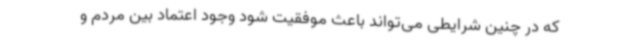
که در چنین شرایطی می‌تواند باعث موفقیت شود وجود اعتماد بین مردم و